Annual administration report of the Civil Veterinary Department of India - 1895-1896
Year: 1895
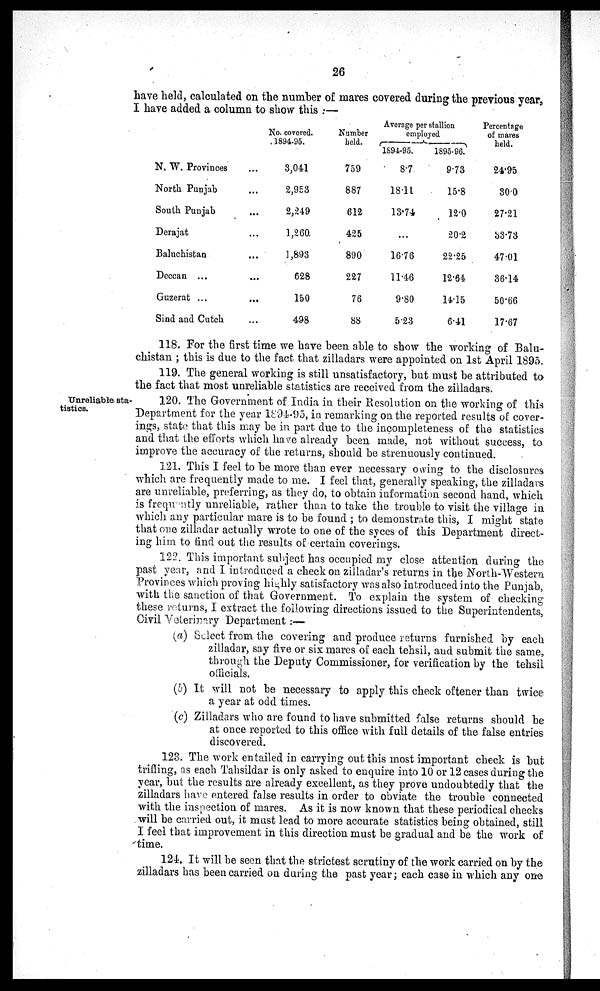
26
have held, calculated on the number of mares covered during the previous year,
I have added a column to show this:—
N. W. Provinces ...
North Punjab ... ...
South Punjab ... ...
Derajat ... ...
Baluchistan ... ...
Deccan ... ...
Guzerat ... ...
Sind and Cutch ...
No. covered.
1894-95.
3,041
2,953
2,249
1,260
1,893
628
150
498
Number
held.
759
887
612
425
890
227
76
88
Average per stallion
employed
1894-95.
8.7
18.11
13.74
...
16.76
11.46
9.80
5.23
1895-96.
9.73
15.8
12.0
20.2
22.25
12.64
14.15
6.41
Percentage
of mares
held.
24.95
30.0
27.21
33.73
47.01
36.14
50.66
17.67
118. For the first time we have been able to show the working of Balu-
chistan; this is due to the fact that zilladars were appointed on 1st April 1895.
119. The general working is still unsatisfactory, but must be attributed to
the fact that most unreliable statistics are received from the zilladars.
Unreliable sta-
tistics.
120. The Government of India in their Resolution on the working of this
Department for the year 1894-95, in remarking on the reported results of cover-
ings, state that this may be in part due to the incompleteness of the statistics
and that the efforts which have already been made, not without success, to
improve the accuracy of the returns, should be strenuously continued.
121. This I feel to be more than ever necessary owing to the disclosures
which are frequently made to me. I feel that, generally speaking, the zilladars
are unreliable, preferring, as they do, to obtain information second hand, which
is frequently unreliable, rather than to take the trouble to visit the village in
which any particular mare is to be found; to demonstrate this, I might state
that one zilladar actually wrote to one of the syces of this Department direct-
ing him to find out the results of certain coverings.
122. This important subject has occupied my close attention during the
past year, and I introduced a check on zilladar's returns in the North-Western
Provinces which proving highly satisfactory was also introduced into the Punjab,
with the sanction of that Government. To explain the system of checking
these returns, I extract the following directions issued to the Superintendents,
Civil Veterinary Department:—
(a) Select from the covering and produce returns furnished by each
zilladar, say five or six mares of each tehsil, and submit the same,
through the Deputy Commissioner, for verification by the tehsil
officials.
(b) It will not be necessary to apply this check oftener than twice
a year at odd times.
(c) Zilladars who are found to have submitted false returns should be
at once reported to this office with full details of the false entries
discovered.
123. The work entailed in carrying out this most important check is but
trifling, as each Tahsildar is only asked to enquire into 10 or 12 cases during the
year, but the results are already excellent, as they prove undoubtedly that the
zilladars have entered false results in order to obviate the trouble connected
with the inspection of mares. As it is now known that these periodical checks
will be carried out, it must lead to more accurate statistics being obtained, still
I feel that improvement in this direction must be gradual and be the work of
time.
124. It will be seen that the strictest scrutiny of the work carried on by the
zilladars has been carried on during the past year; each case in which any one